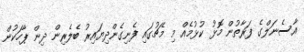
އާސެނަލްގެ ފަރާތުން މޮޅު ކުޅުމެއް މި މެޗުގައި ފެނިގެންދިޔައިރު ބެލެރިން ދިން ޕާހަކުން